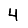
Digit: 4